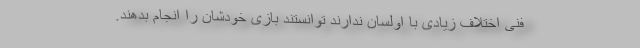
فنی اختلاف زیادی با اولسان ندارند توانستند بازی خودشان را انجام بدهند.